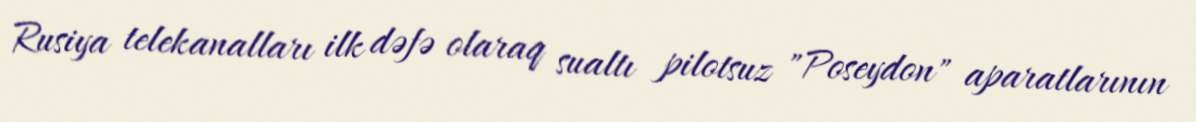
Rusiya telekanalları ilk dəfə olaraq sualtı pilotsuz "Poseydon" aparatlarının